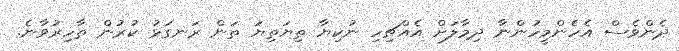
ދެންވެސް އެހެންމީހުންނާ ދިމާލަށް އެއްޗިހި ނުކިޔާ ތިޔަތިޔަ ތަން ރަނގަޅު ކުރުން ތާހިރުވާނެ.